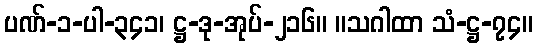
ပဏ်-၁-ပါ-၃၄၁၊ ဋ္ဌ-ဒု-အုပ်-၂၁၆။ ။သဂါထာ သံ-ဋ္ဌ-၇၄။